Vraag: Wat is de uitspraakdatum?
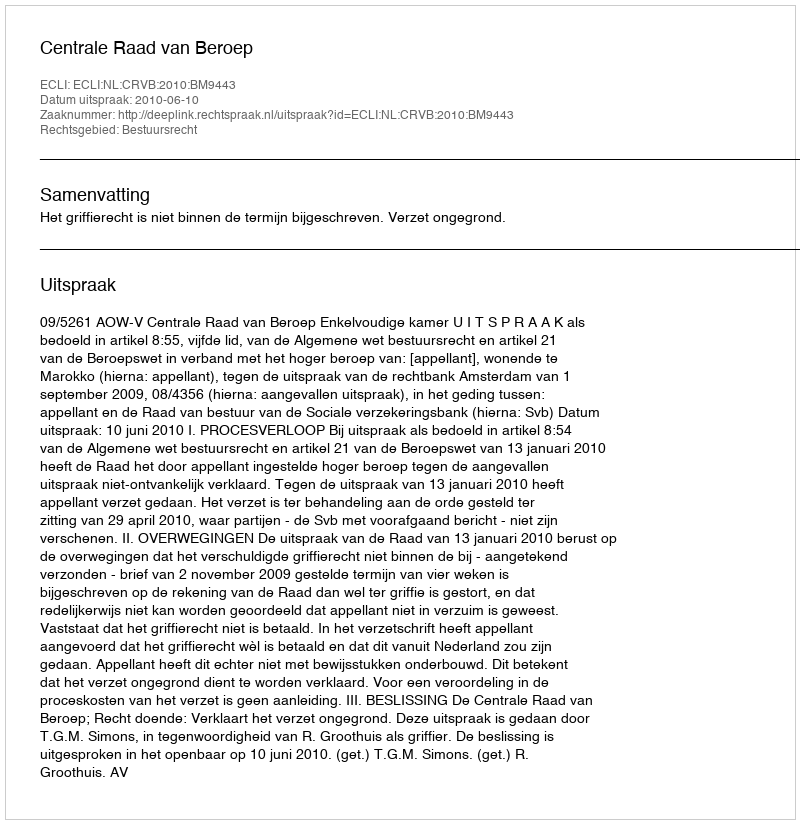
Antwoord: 2010-06-10